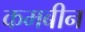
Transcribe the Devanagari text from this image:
कमबीन